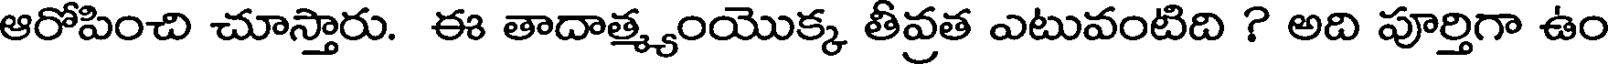
ఆరోపించి చూస్తారు. ఈ తాదాత్మ్యంయొక్క తీవ్రత ఎటువంటిది ? అది పూర్తిగా ఉం